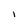
Character: l